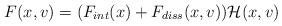
LaTeX: \begin{align*}F(x,v)=(F_{int}(x)+F_{diss}(x,v))\mathcal{H}(x,v) \end{align*}